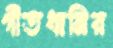
গীতধ্বনির